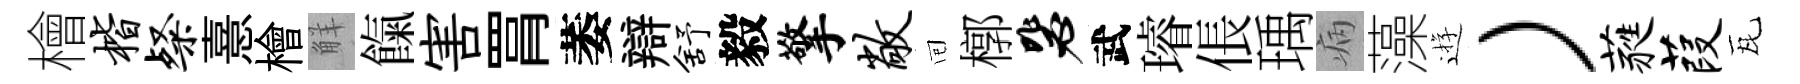
檜楷粲憙檜觧餼害罥萎辯舒毅擎敞囘槨毖武璿倀瑀病藻逰）蕤葭瓦